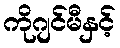
ကိုဂျင်မီနှင့်